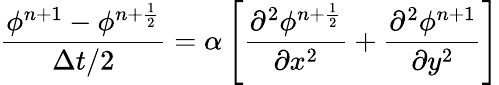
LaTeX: \frac{\phi^{n+1}-\phi^{n+\frac{1}{2}}}{\Delta t/2}=\alpha\left[\frac{\partial^{2}\phi^{n+\frac{1}{2}}}{\partial x^{2}}+\frac{\partial^{2}\phi^{n+1}}{\partial y^{2}}\right]